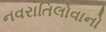
નવરાતિલોવાનો